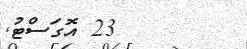
23 އޮގަސްޓު